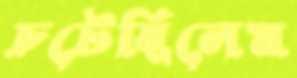
চটেছিলেম